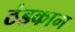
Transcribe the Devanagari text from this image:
ठंडकाम